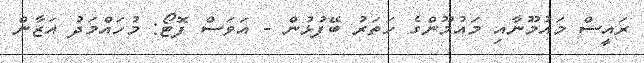
ރައީސް މައުމޫނާއި މައުމޫންގެ ހަތަރު ބޭފުޅުން - އަވަސް ފޮޓޯ: މުހައްމަދު އަޒާން